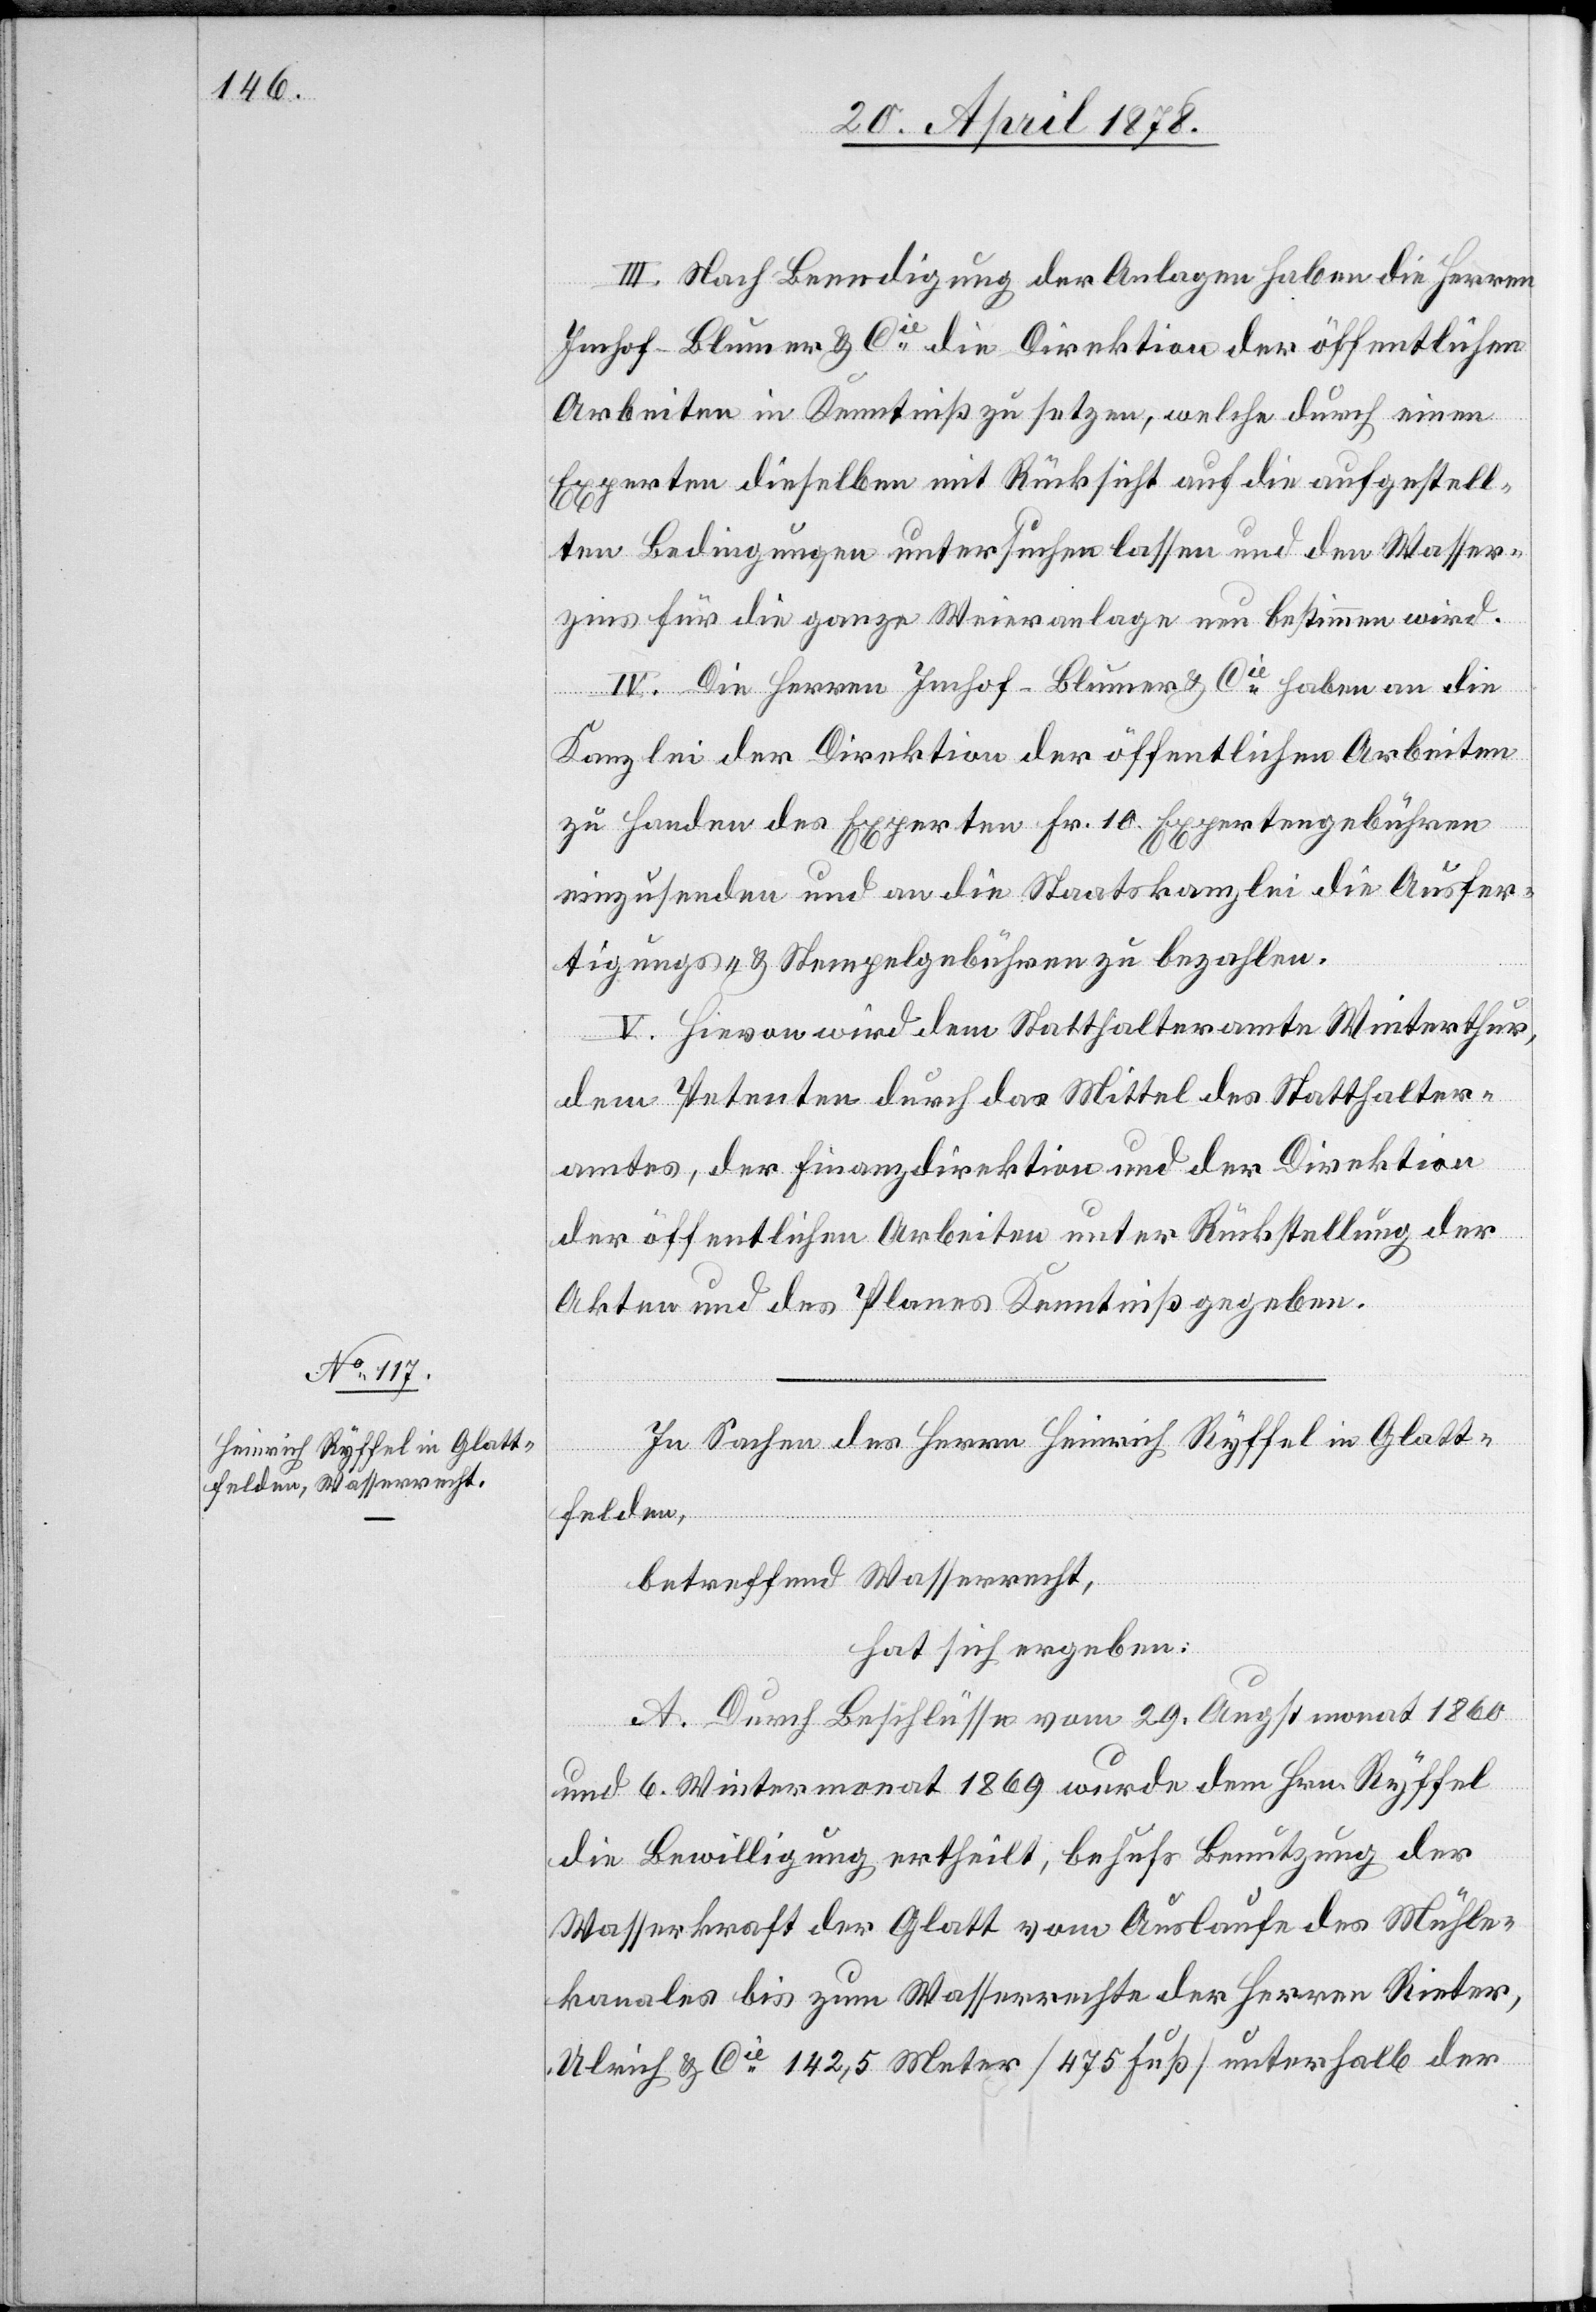
III. Nach Beendigung der Anlagen haben die Herren
Imhof-Blumer & Cie die Direktion der öffentlichen
Arbeiten in Kenntniß zu setzen, welche durch einen
Experten dieselben mit Rücksicht auf die aufgestell¬
ten Bedingungen untersuchen lassen und den Wasser¬
zins für die ganze Weieranlage neu bestimmen wird.
IV. Die Herren Imhof-Blumer & Cie haben an die
Kanzlei der Direktion der öffentlichen Arbeiten
zu Handen des Experten Fr. 10 Expertengebühren
einzusenden und an die Staatskanzlei die Ausfer¬
tigungs- & Stempelgebühren zu bezahlen.
V. Hievon wird dem Statthalteramte Winterthur,
dem Petenten durch das Mittel des Statthalter¬
amtes, der Finanzdirektion und der Direktion
der öffentlichen Arbeiten unter Rückstellung der
Akten und des Planes Kenntniß gegeben.
In Sachen des Herrn Heinrich Ryffel in Glatt¬
felden,
betreffend Wasserrecht,
hat sich ergeben:
A. Durch Beschlüsse vom 29. Augstmonat 1860
und 6. Wintermonat 1869 wurde dem Hrn. Ryffel
die Bewilligung ertheilt, behufs Benutzung der
Wasserkraft der Glatt vom Auslaufe des Mühle¬
kanals bis zum Wasserrechte der Herren Rieter,
Ulrich & Cie 142,5 Meter (475 Fuß) unterhalb der